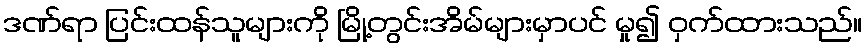
ဒဏ်ရာ ပြင်းထန်သူများကို မြို့တွင်းအိမ်များမှာပင် မှု၍ ဝှက်ထားသည်။